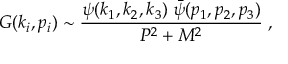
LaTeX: G ( k _ { i } , p _ { i } ) \sim \frac { \psi ( k _ { 1 } , k _ { 2 } , k _ { 3 } ) \; \bar { \psi } ( p _ { 1 } , p _ { 2 } , p _ { 3 } ) } { P ^ { 2 } + M ^ { 2 } } \; ,